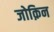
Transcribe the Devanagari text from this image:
जोक़िन